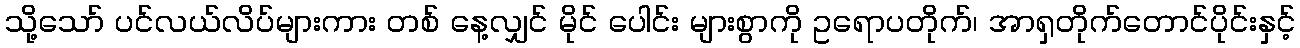
သို့သော် ပင်လယ်လိပ်များကား တစ် နေ့လျှင် မိုင် ပေါင်း များစွာကို ဥရောပတိုက်၊ အာရှတိုက်တောင်ပိုင်းနှင့်